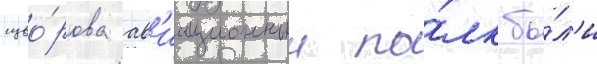
суво́рова ав'иационныи по́лк бы́л'и